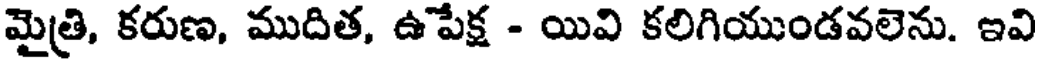
మైత్రి, కరుణ, ముదిత, ఉపేక్ష - యివి కలిగియుండవలెను. ఇవి